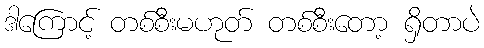
ဒါကြောင့် တစ်စီးမဟုတ် တစ်စီးတော့ ရှိတာပဲ